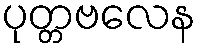
ပုတ္တဗလေန